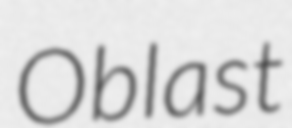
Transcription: Oblast